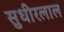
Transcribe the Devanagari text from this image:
सुधीरलाल